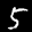
Label: 5